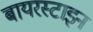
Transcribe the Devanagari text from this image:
बायरस्टाइन